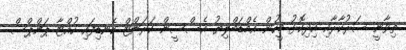
ތިވާނީ ސަރުކާރާއި އިދިކޮޅު މީހުން އެމްޑަބްލިޔު އެސްސީން ކަރަންޓް ކެނޑިފައި ހުއްޓާ ޕަންޕްސް